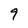
Character: 9